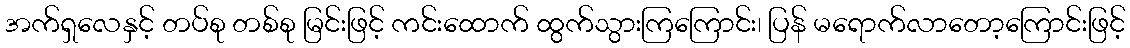
အက်ရှလေနှင့် တပ်စု တစ်စု မြင်းဖြင့် ကင်းထောက် ထွက်သွားကြကြောင်း၊ ပြန် မရောက်လာတော့ကြောင်းဖြင့်